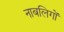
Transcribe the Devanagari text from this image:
नाबलिगों